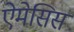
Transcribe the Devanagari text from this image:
ऐमेसिस